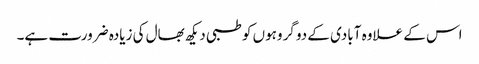
اس کے علاوہ آبادی کے دو گروہوں کو طبی دیکھ بھال کی زیادہ ضرورت ہے۔